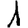
Digit: 1